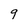
Character: 9